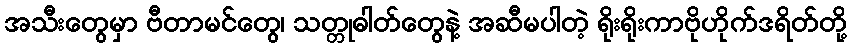
အသီးတွေမှာ ဗီတာမင်တွေ၊ သတ္တုဓါတ်တွေနဲ့ အဆီမပါတဲ့ ရိုးရိုးကာဗိုဟိုက်ဒရိတ်တို့